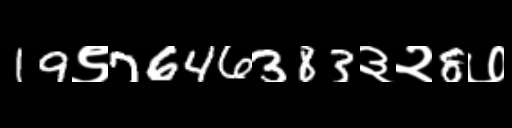
Text: 19९7646383३२8७